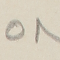
٥٨